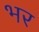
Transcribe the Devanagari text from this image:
भर